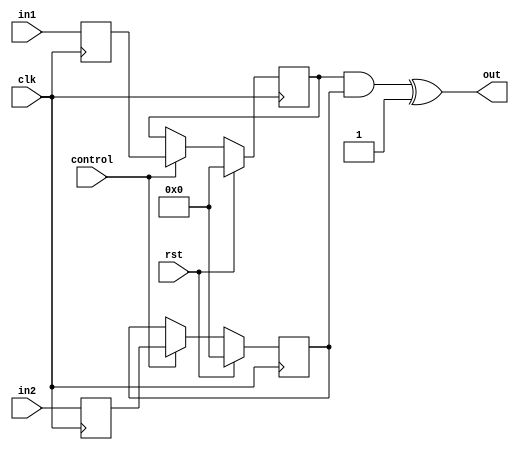
module top (input clk, input rst, input [31:0] in1, input [31:0] in2, input control, output reg [31:0] out);

    reg [31:0] in1_stage1;
    reg [31:0] in2_stage1;
    reg [31:0] in1_stage2;
    reg [31:0] in2_stage2;

    always @(posedge clk) begin
        in1_stage1 <= in1;
        in2_stage1 <= in2;
    end

    always @(posedge clk) begin
	    if(rst) begin in1_stage2 <= 0; end
	else begin
		if(control) begin in1_stage2 <= in1_stage1;
    end
    end
    end

    always @(posedge clk) begin
	    if(rst) begin in2_stage2 <= 0; end
	else begin 
		if(control) begin in2_stage2 <= in2_stage1;
    end
    end
    end

    always @(*) begin
        out = (in1_stage2 & in2_stage2) ^ 32'b1;
    end

endmodule